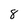
Character: 8